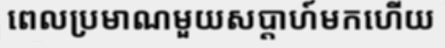
ពេលប្រមាណមួយសប្តាហ៍មកហើយ